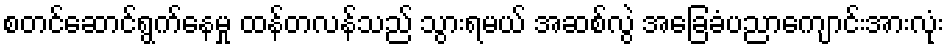
စတင်ဆောင်ရွက်နေမှု ထန်တလန်သည် သွားရမယ် အဆစ်လွဲ အခြေခံပညာကျောင်းအားလုံး